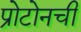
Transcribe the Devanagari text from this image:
प्रोटोनची